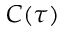
C ( \tau )